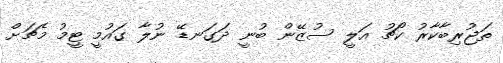
ތަޖުރިބާކާރު ކޯޗު އަލީ ސުޒޭން ބުނީ ދަގަނޑޭ ނުލާ ގައުމީ ޓީމު މެޗަށް